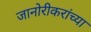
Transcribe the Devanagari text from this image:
जानोरीकरांच्या